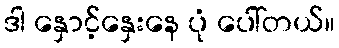
ဒါ နှောင့်နှေးနေ ပုံ ပေါ်တယ်။